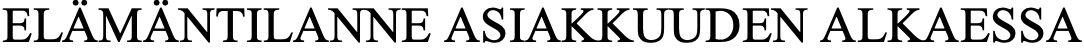
ELÄMÄNTILANNE  ASIAKKUUDEN ALKAESSA